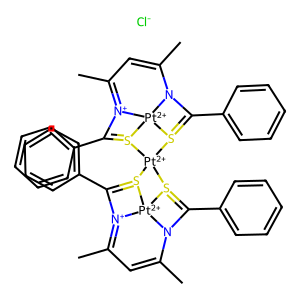
SMILES: CC1=CC(C)=[N+]2C(c3ccccc3)=S3[Pt+2]24N1C(c1ccccc1)=S4[Pt+2]31S2=C(c3ccccc3)N3C(C)=CC(C)=[N+]4C(c5ccccc5)=S1[Pt+2]342.[Cl-]
Inhibits HIV replication: No